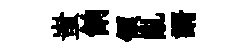
蚩餉領亂諝